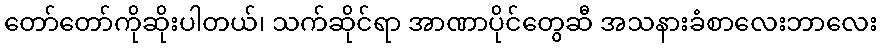
တော်တော်ကိုဆိုးပါတယ်၊ သက်ဆိုင်ရာ အာဏာပိုင်တွေဆီ အသနားခံစာလေးဘာလေး